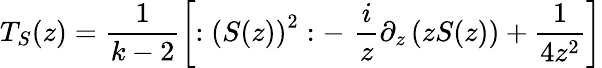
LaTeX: T_{S}(z)=\frac 1{k-2}\left[:\left(S(z)\right)^{2}:-\, \, \frac iz\partial_{z}\left(zS(z)\right)+\frac 1{4z^{2}}\right]